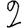
Digit: 2